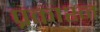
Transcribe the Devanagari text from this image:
प्रकाश्न